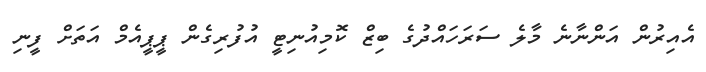
އެއިރުން އަންނާނެ މާލެ ސަރަހައްދުގެ ބިޒް ކޮމިއުނިޓީ އުފުރިގެން ޕީޕީއެމް އަތަށް ފީނި